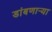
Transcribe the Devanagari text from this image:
डांबणार्‍या